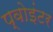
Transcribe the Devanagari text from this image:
प्वोइंटर